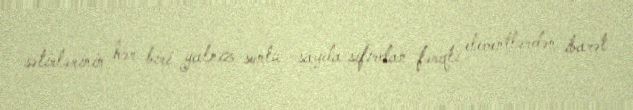
sətirlərinin hər biri yalnız sonlu sayda sıfırdan fərqli elementlərdən ibarət